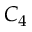
C _ { 4 }